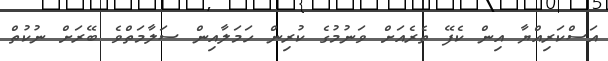
އަސްކަރިއްޔާ އިން ކެފޭ ތެރެއަށް ވަނުމުގެ ކުރިން ހަމަލާއިން ސަލާމަތްވެ ބޭރަށް ނުކުތް